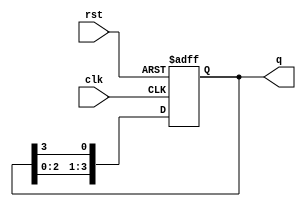
module synchronous_ring_counter (
    input wire clk,             // Clock input
    input wire rst,             // Asynchronous reset input
    output reg [3:0] q          // Output state of the counter
);
    
    // Initial state declaration
    initial begin
        q = 4'b0001; // Initialize to 0001
    end
    
    always @(posedge clk or posedge rst) begin
        if (rst) begin
            q <= 4'b0001; // Reset to initial state
        end else begin
            // Shift the '1' to the right
            q <= {q[2:0], q[3]}; // Shift the bits right and wrap around
        end
    end
endmodule